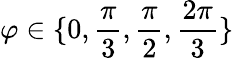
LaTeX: \varphi\in\{ 0,\frac{\pi}{3},\frac{\pi}{2},\frac{2\pi}{3}\}